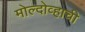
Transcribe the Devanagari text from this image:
मोल्दोव्हाची